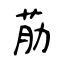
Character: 荕